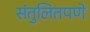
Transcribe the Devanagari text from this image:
संतुलितपणे